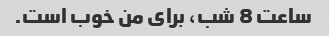
ساعت 8 شب، برای من خوب است.